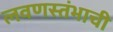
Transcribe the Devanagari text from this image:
लवणस्तंभाची